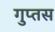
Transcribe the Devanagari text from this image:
गुप्तस